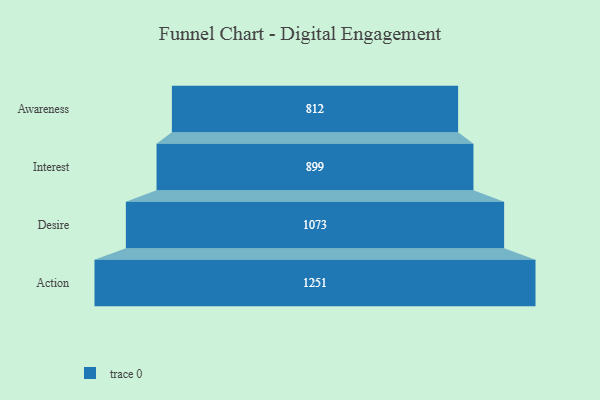
{"axis": {"x": "Stage", "y": "Value"}, "legend": [""], "data": [{"x": "Awareness", "y": 812.0, "type": ""}, {"x": "Interest", "y": 899.0, "type": ""}, {"x": "Desire", "y": 1073.0, "type": ""}, {"x": "Action", "y": 1251.0, "type": ""}]}